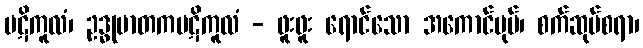
ပဋိကူလံ၊ ဥဒ္ဓုမာတကပဋိကူလံ - ဖူးဖူး ရောင်သော အကောင်ပုပ်၊ စက်ဆုပ်စရာ၊